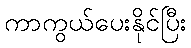
ကာကွယ်ပေးနိုင်ပြီး